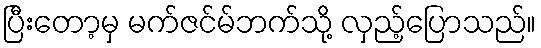
ပြီးတော့မှ မက်ဇင်မ်ဘက်သို့ လှည့်ပြောသည်။